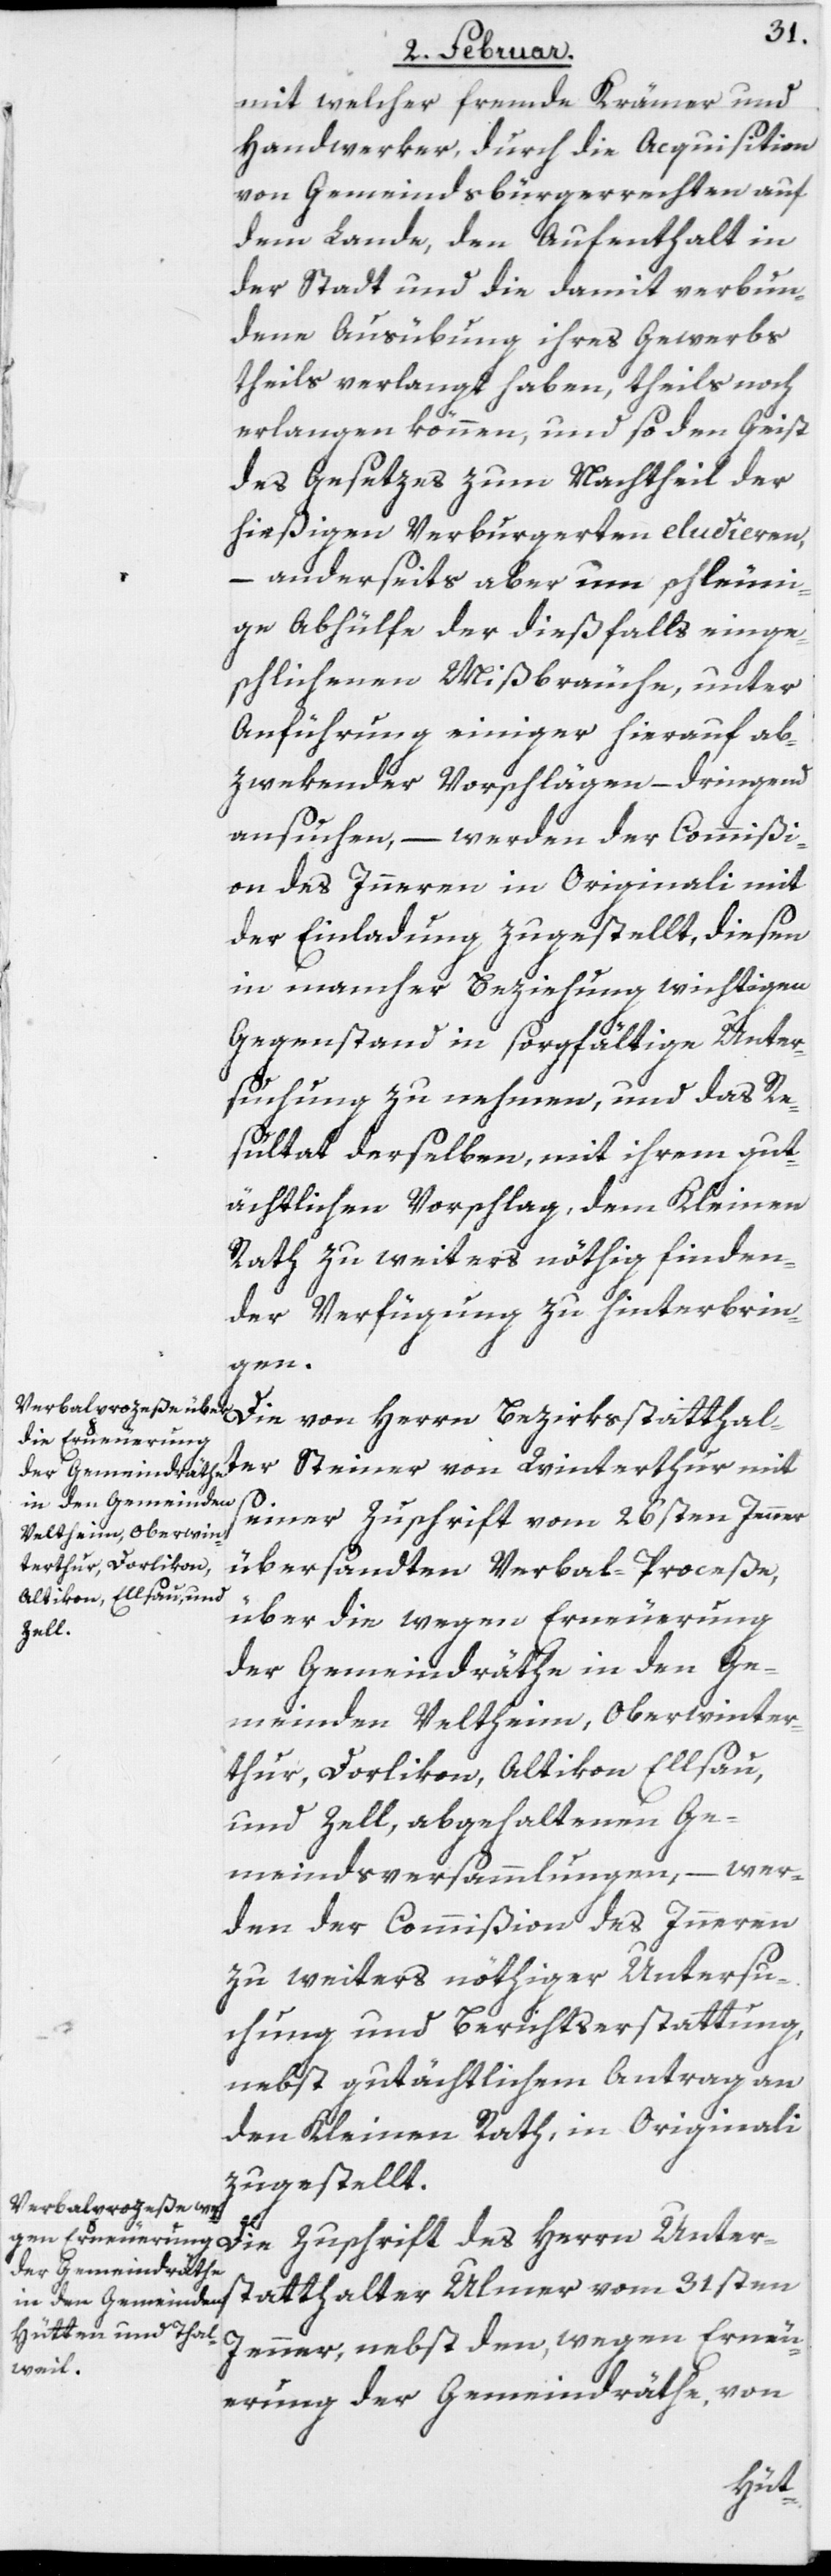
mit welcher fremde Krämer und
Handwerker, durch die Acquisiton
von Gemeindsbürgerrechten auf
dem Lande, den Aufenthalt in
der Stadt und die damit verbun¬
dene Ausübung ihres Gewerbs¬
theils verlangt haben, theils noch
verlangen können, und so den Geist
des Gesetzes zum Nachtheil der
hießigen Verburgerten eludieren,
– anderseits aber um schleuni¬
ge Abhülfe der dießfalls einge¬
schlichenen Mißbräuche, unter
Anführung einiger hierauf ab¬
zwekender Vorschlägen – dringend
ansuchen, – werden der Commißi¬
on des Inneren in Originali mit
der Einladung zugestellt, diesen
in mancher Beziehung wichtigen
Gegenstand in sorgfältige Unter¬
suchung zu nehmen, und das Re¬
sultat derselben, mit ihrem gut¬
ächtlichen Vorschlag, dem Kleinen
Rath zu weiters nöthig finden¬
der Verfügung zu hinterbrin¬
gen.
Die von Herrn Bezirksstatthal¬
ter Steiner von Winterthur mit
seiner Zuschrift vom 26sten Jenner
übersandten Verbal-Proceße,
über die wegen Erneuerung
der Gemeindräthe in den Ge¬
meinden Veltheim, Oberwinter¬
thur, Dorlikon, Altikon, Ellsau,
und Zell, abgehaltenen Ge¬
meindsversammlungen, – wer¬
den der Commißion des Inneren
zu weiters nöthiger Untersu¬
chung und Berichtserstattung,
nebst gutächtlichem Antrag an
den Kleinen Rath, in Originali
zugestellt.
Die Zuschrift des Herrn Unter¬
statthalter Ulmer vom 31sten
Jenner, nebst den, wegen Erneu¬
erung der Gemeindräthe, von